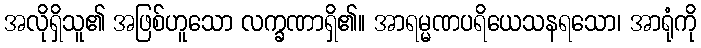
အလိုရှိသူ၏ အဖြစ်ဟူသော လက္ခဏာရှိ၏။ အာရမ္မဏပရိယေသနရသော၊ အာရုံကို